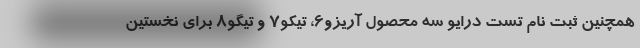
همچنین ثبت نام تست درایو سه محصول آریزو6، تیکو7 و تیگو8 برای نخستین